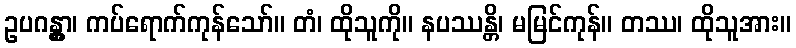
ဥပဂန္တွာ၊ ကပ်ရောက်ကုန်သော်။ တံ၊ ထိုသူကို။ နပဿန္တိ၊ မမြင်ကုန်။ တဿ၊ ထိုသူအား။